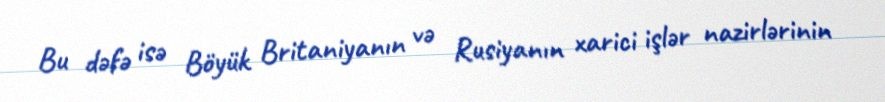
Bu dəfə isə Böyük Britaniyanın və Rusiyanın xarici işlər nazirlərinin